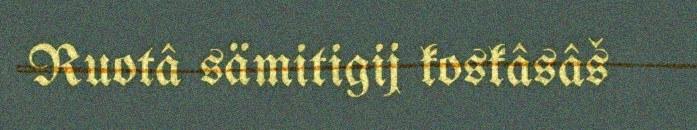
Ruotâ sämitigij koskâsâš